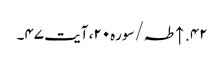
۴۲. ↑ طہ/سوره۲۰، آیت ۴۷۔